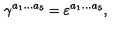
\gamma ^ { a _ { 1 } \ldots a _ { 5 } } = \varepsilon ^ { a _ { 1 } \ldots a _ { 5 } } ,